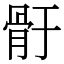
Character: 骬